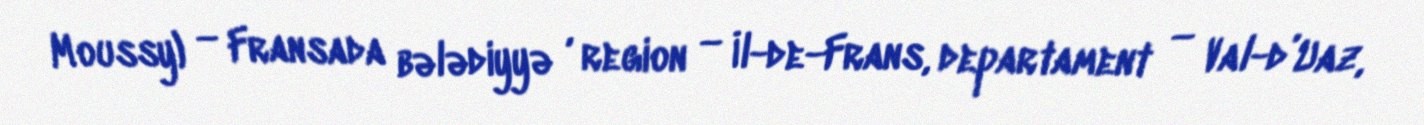
Moussy) — Fransada bələdiyyə , region — İl-de-Frans, departament — Val-d’Uaz,